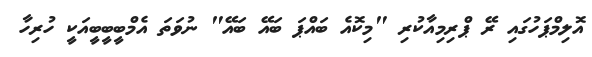
އޮލިމްޕަހުގައި ރޭ ޕްރިމިއާކުރި "މިކޮއެ ބައްޕަ ބައޭ ބައޭ" ނުވަތަ އެމްބީބީބީއަކީ ހުރިހާ